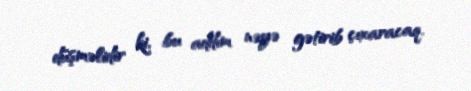
düşməlidir ki, bu addım nəyə gətirib çıxaracaq.